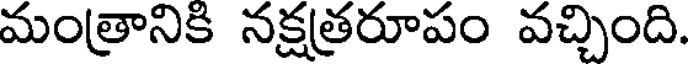
మంత్రానికి నక్షత్రరూపం వచ్చింది.